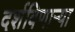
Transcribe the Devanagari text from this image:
दर्शविणाऱ्या